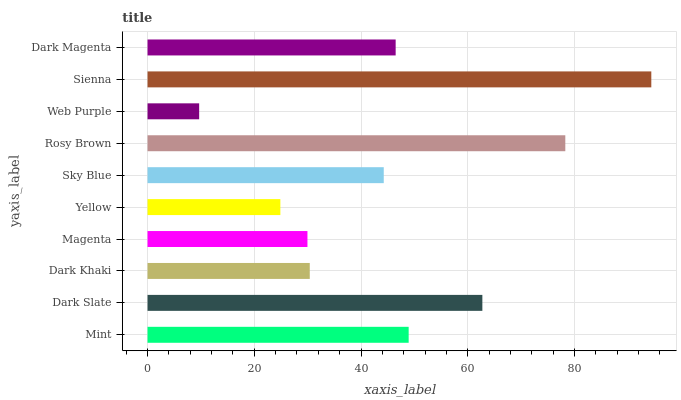
| yaxis_label | bars |
 | --- | --- |
 | Mint | 48.9 |
 | Dark Slate | 62.7 |
 | Dark Khaki | 30.4 |
 | Magenta | 30 |
 | Yellow | 24.9 |
 | Sky Blue | 44.3 |
 | Rosy Brown | 78.3 |
 | Web Purple | 9.67 |
 | Sienna | 94.4 |
 | Dark Magenta | 46.5 |